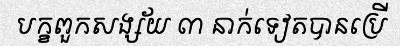
បក្ខពួកសង្ស័យ ៣ នាក់ទៀតបានប្រើ